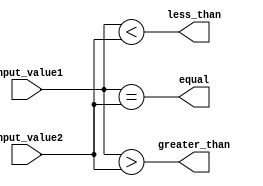
module comparator(
    input [7:0] input_value1,
    input [7:0] input_value2,
    output equal,
    output greater_than,
    output less_than
);

assign equal = (input_value1 == input_value2);
assign greater_than = (input_value1 > input_value2);
assign less_than = (input_value1 < input_value2);

endmodule